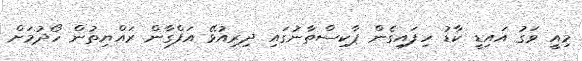
މިއީ ވަގު އައިޑީ ކާޑު ހިފައިގެން ޕާކިސްތާނުގައި ދިރިއުޅޭ އަފްގާން ރައްޔިތުން ހޯދުމަށް